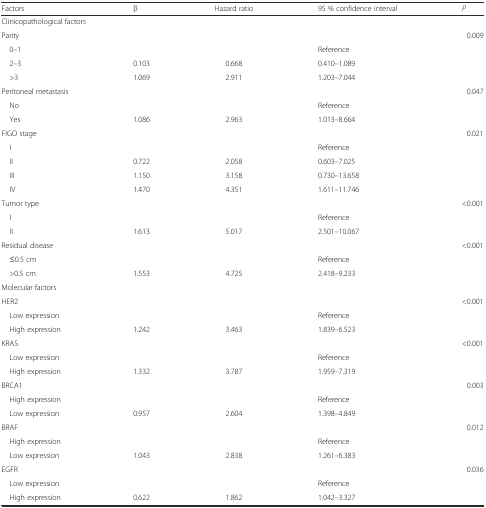
<table><thead><tr><td><b>Factors</b></td><td><b>β</b></td><td><b>Hazard ratio</b></td><td><b>95 % confidence interval</b></td><td><b><i>P</i></b></td></tr></thead><tbody><tr><td colspan="5">Clinicopathological factors</td></tr><tr><td>Parity</td><td></td><td></td><td></td><td>0.009</td></tr><tr><td> 0–1</td><td></td><td></td><td>Reference</td><td></td></tr><tr><td> 2–3</td><td>0.103</td><td>0.668</td><td>0.410–1.089</td><td></td></tr><tr><td> &gt;3</td><td>1.069</td><td>2.911</td><td>1.203–7.044</td><td></td></tr><tr><td>Peritoneal metastasis</td><td></td><td></td><td></td><td>0.047</td></tr><tr><td> No</td><td></td><td></td><td>Reference</td><td></td></tr><tr><td> Yes</td><td>1.086</td><td>2.963</td><td>1.013–8.664</td><td></td></tr><tr><td>FIGO stage</td><td></td><td></td><td></td><td>0.021</td></tr><tr><td> I</td><td></td><td></td><td>Reference</td><td></td></tr><tr><td> II</td><td>0.722</td><td>2.058</td><td>0.603–7.025</td><td></td></tr><tr><td> III</td><td>1.150</td><td>3.158</td><td>0.730–13.658</td><td></td></tr><tr><td> IV</td><td>1.470</td><td>4.351</td><td>1.611–11.746</td><td></td></tr><tr><td>Tumor type</td><td></td><td></td><td></td><td>&lt;0.001</td></tr><tr><td> I</td><td></td><td></td><td>Reference</td><td></td></tr><tr><td> II</td><td>1.613</td><td>5.017</td><td>2.501–10.067</td><td></td></tr><tr><td>Residual disease</td><td></td><td></td><td></td><td>&lt;0.001</td></tr><tr><td> ≤0.5 cm</td><td></td><td></td><td>Reference</td><td></td></tr><tr><td> &gt;0.5 cm</td><td>1.553</td><td>4.725</td><td>2.418–9.233</td><td></td></tr><tr><td>Molecular factors</td><td></td><td></td><td></td><td></td></tr><tr><td>HER2</td><td></td><td></td><td></td><td>&lt;0.001</td></tr><tr><td> Low expression</td><td></td><td></td><td>Reference</td><td></td></tr><tr><td> High expression</td><td>1.242</td><td>3.463</td><td>1.839–6.523</td><td></td></tr><tr><td>KRAS</td><td></td><td></td><td></td><td>&lt;0.001</td></tr><tr><td> Low expression</td><td></td><td></td><td>Reference</td><td></td></tr><tr><td> High expression</td><td>1.332</td><td>3.787</td><td>1.959–7.319</td><td></td></tr><tr><td>BRCA1</td><td></td><td></td><td></td><td>0.003</td></tr><tr><td> High expression</td><td></td><td></td><td>Reference</td><td></td></tr><tr><td> Low expression</td><td>0.957</td><td>2.604</td><td>1.398–4.849</td><td></td></tr><tr><td>BRAF</td><td></td><td></td><td></td><td>0.012</td></tr><tr><td> High expression</td><td></td><td></td><td>Reference</td><td></td></tr><tr><td> Low expression</td><td>1.043</td><td>2.838</td><td>1.261–6.383</td><td></td></tr><tr><td>EGFR</td><td></td><td></td><td></td><td>0.036</td></tr><tr><td> Low expression</td><td></td><td></td><td>Reference</td><td></td></tr><tr><td> High expression</td><td>0.622</td><td>1.862</td><td>1.042–3.327</td><td></td></tr></tbody></table>